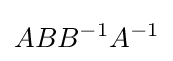
ABB^{-1}A^{-1}